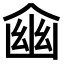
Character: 𠋔